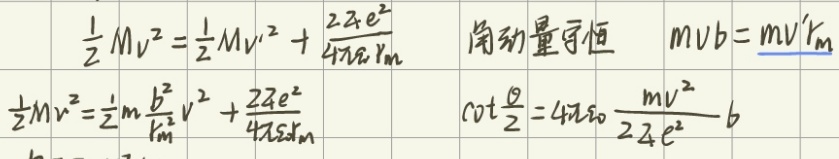
角动量守恒，以下是相关等式：
\begin{align*}
\frac{1}{2}Mv^{2}&=\frac{1}{2}Mv'^{2}+\frac{ZZe^{2}}{4\pi\varepsilon_{0}r_{m}}\\
\frac{1}{2}Mv^{2}&=\frac{1}{2}M\frac{b^{2}}{r_{m}^{2}}v'^{2}+\frac{ZZe^{2}}{4\pi\varepsilon_{0}r_{m}}\\
mv b &= mv'r_{m}\\
\cot\frac{\theta}{2}& = 4\pi\varepsilon_{0}\frac{mv^{2}}{ZZe^{2}}b
\end{align*}